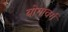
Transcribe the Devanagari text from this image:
योगावर्ग